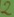
Text: 2